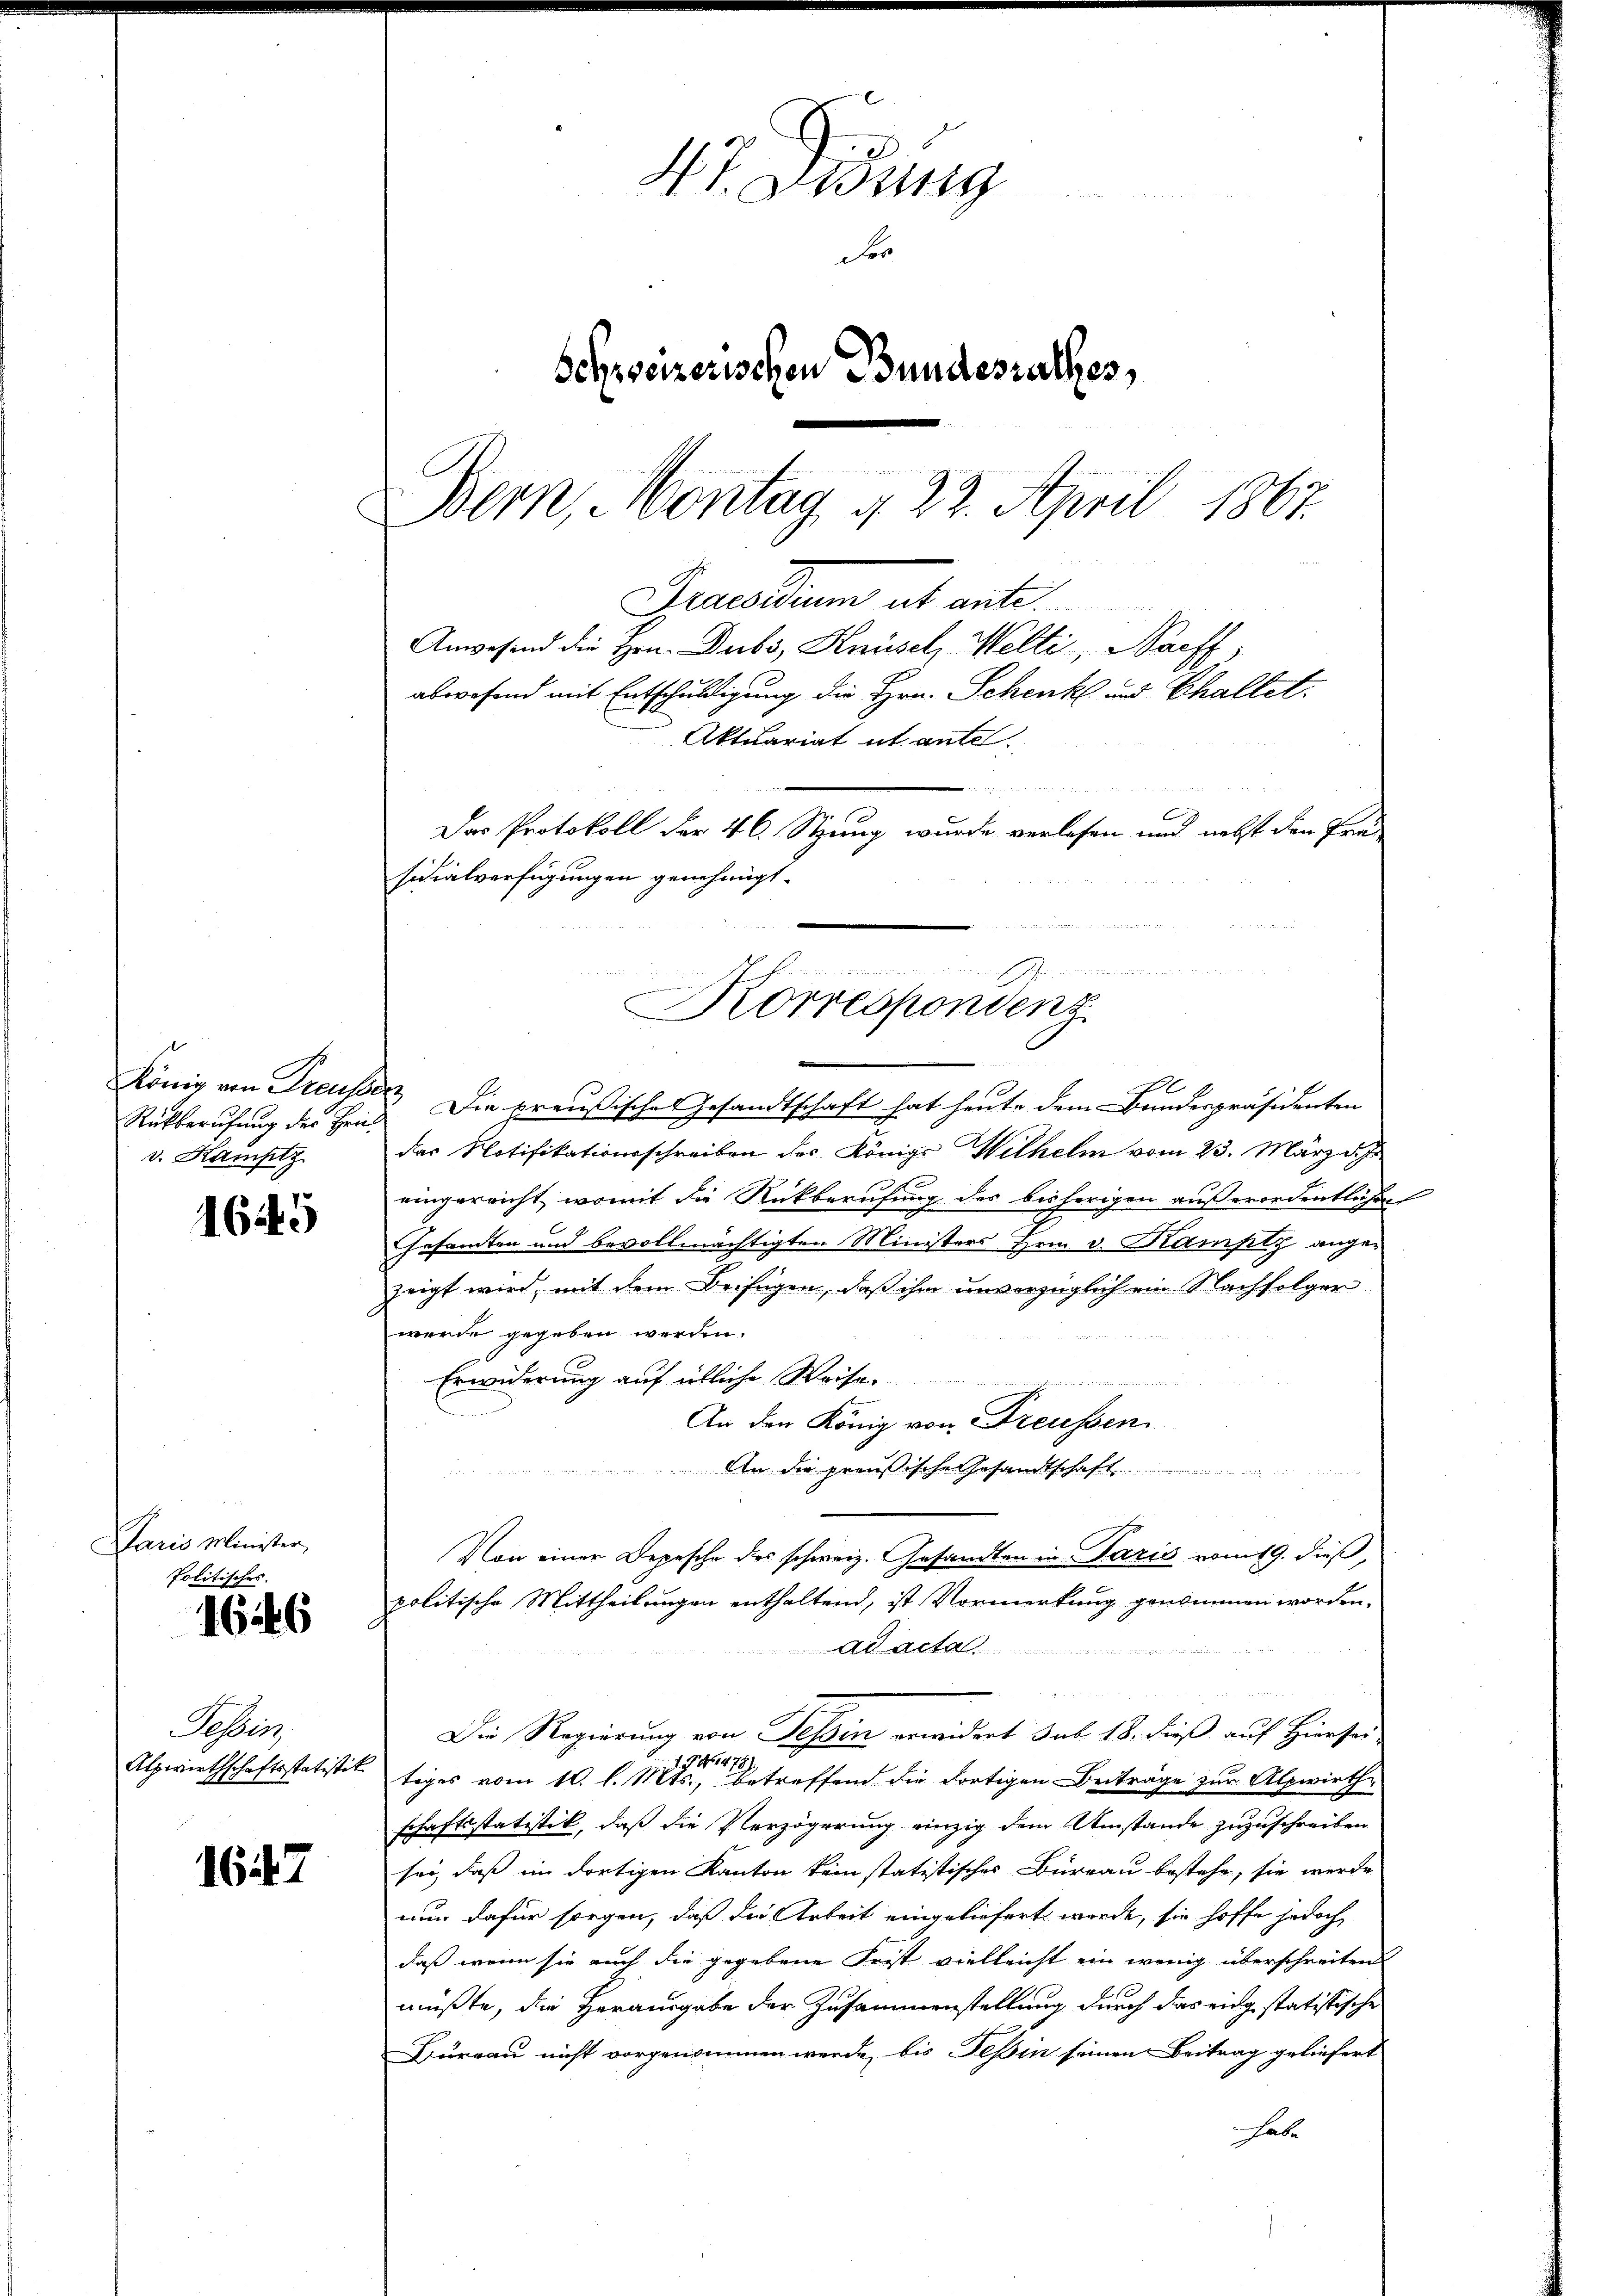
Rückberufung des Heiv. Kamptz

1649

Daris Minister,
Politisches.

1646

Seben
Alpwirthschaftsstatistit

1647

St. Gesung
Fe
Schweizerischen Bundesrathes,
Bern, Montag 4. 22. April 1867.

Aktuariat utante.
u
Das Protokoll der 46. Stzung wurde verlesen und nebst den Fra
sicialverfügungen genehmigt.
Korrespondenz

A
König von Treusser Die preußisches Gesandtschaft hat heute dem Bundespräsidenten
das Notifikationsschreiben des Königl. Wilhelm vom 23. März d. J.
eingereicht, womit die Rückberufung des bisherigen außerordentlichen
Gesamten und bevollmächtigten Ministers zem v. Rampt angezeigt wird, mit dem Beifügen, daß ihm unverzüglich ein Nachfolger
wurde gegeben werden.
Erwiderung auf übliche Weise
An den König von Freussen
An die preußische Gesandtschaft
Von einer Depesche des schweiz. Gesandten in Paris vom 19. dieß,
politische Mittheilungen enthaltend, ist Vormerkung genommen worden.
ad acta
Die Regierung von Tessin erwidert sub. 18. dieß auf Hirnsei
tiges vom 16. l. Mts. betreffend die dortigen- Beiträge zur Alpwirth-
schaftsstatistik, daß die Verzögerung einzig dem Umstände zuzuschreiben
sei, daß im dortigen Kanton kein statistisches Büreau bestehe, sie werde
nun dafür sorgen, daß die Arbeit eingeliefert werde, sie hoffe jedoch
daß wenn sie auch die gegebene Frist vielleicht ein wenig überschreiten
müßte, die Herausgabe der Zusammenstellung durch das eing statistische
Büreau nicht vorgenommen werde, bis Teßin seinen Beitrag geliefert
habe

Gerechten et mit
Anwesend die Hrn. Dubs, Knüsel, Welti, Bacff,

abwesend mit Entschuldigung die Hrn. Schenk und Chaltet.